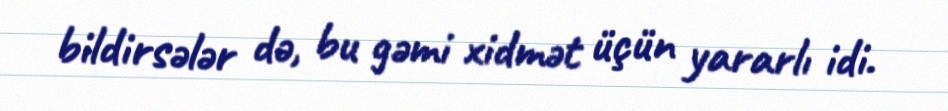
bildirsələr də, bu gəmi xidmət üçün yararlı idi.